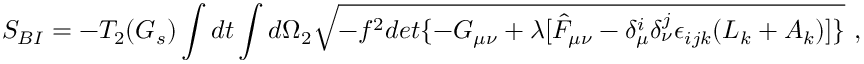
S _ { B I } = - T _ { 2 } ( G _ { s } ) \int d t \int d \Omega _ { 2 } \sqrt { - f ^ { 2 } d e t \{ - G _ { \mu \nu } + \lambda [ \hat { F } _ { \mu \nu } - \delta _ { \mu } ^ { i } \delta _ { \nu } ^ { j } \epsilon _ { i j k } ( L _ { k } + A _ { k } ) ] \} } \ ,